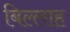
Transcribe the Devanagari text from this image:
बिल्लाह